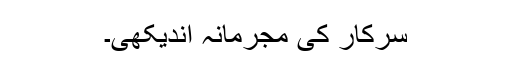
سرکار کی مجرمانہ اندیکھی۔